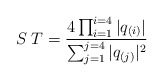
\begin{align*}S\;T = { 4 \prod_{i=1}^{i=4}|q_{(i)}| \over\sum_{j=1}^{j=4}|q_{(j)}|^2}\end{align*}